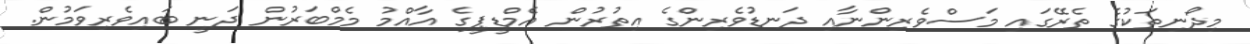
މިދޯނިތަކުގެ ތެރޭގައި މަސްވެރިންނާއި ދަނޑުވެރިންގެ އިތުރުން އެމްޑީޕީގެ އާއްމު މެމްބަރުން ދަނީ ބައިވެރިވަމުން.